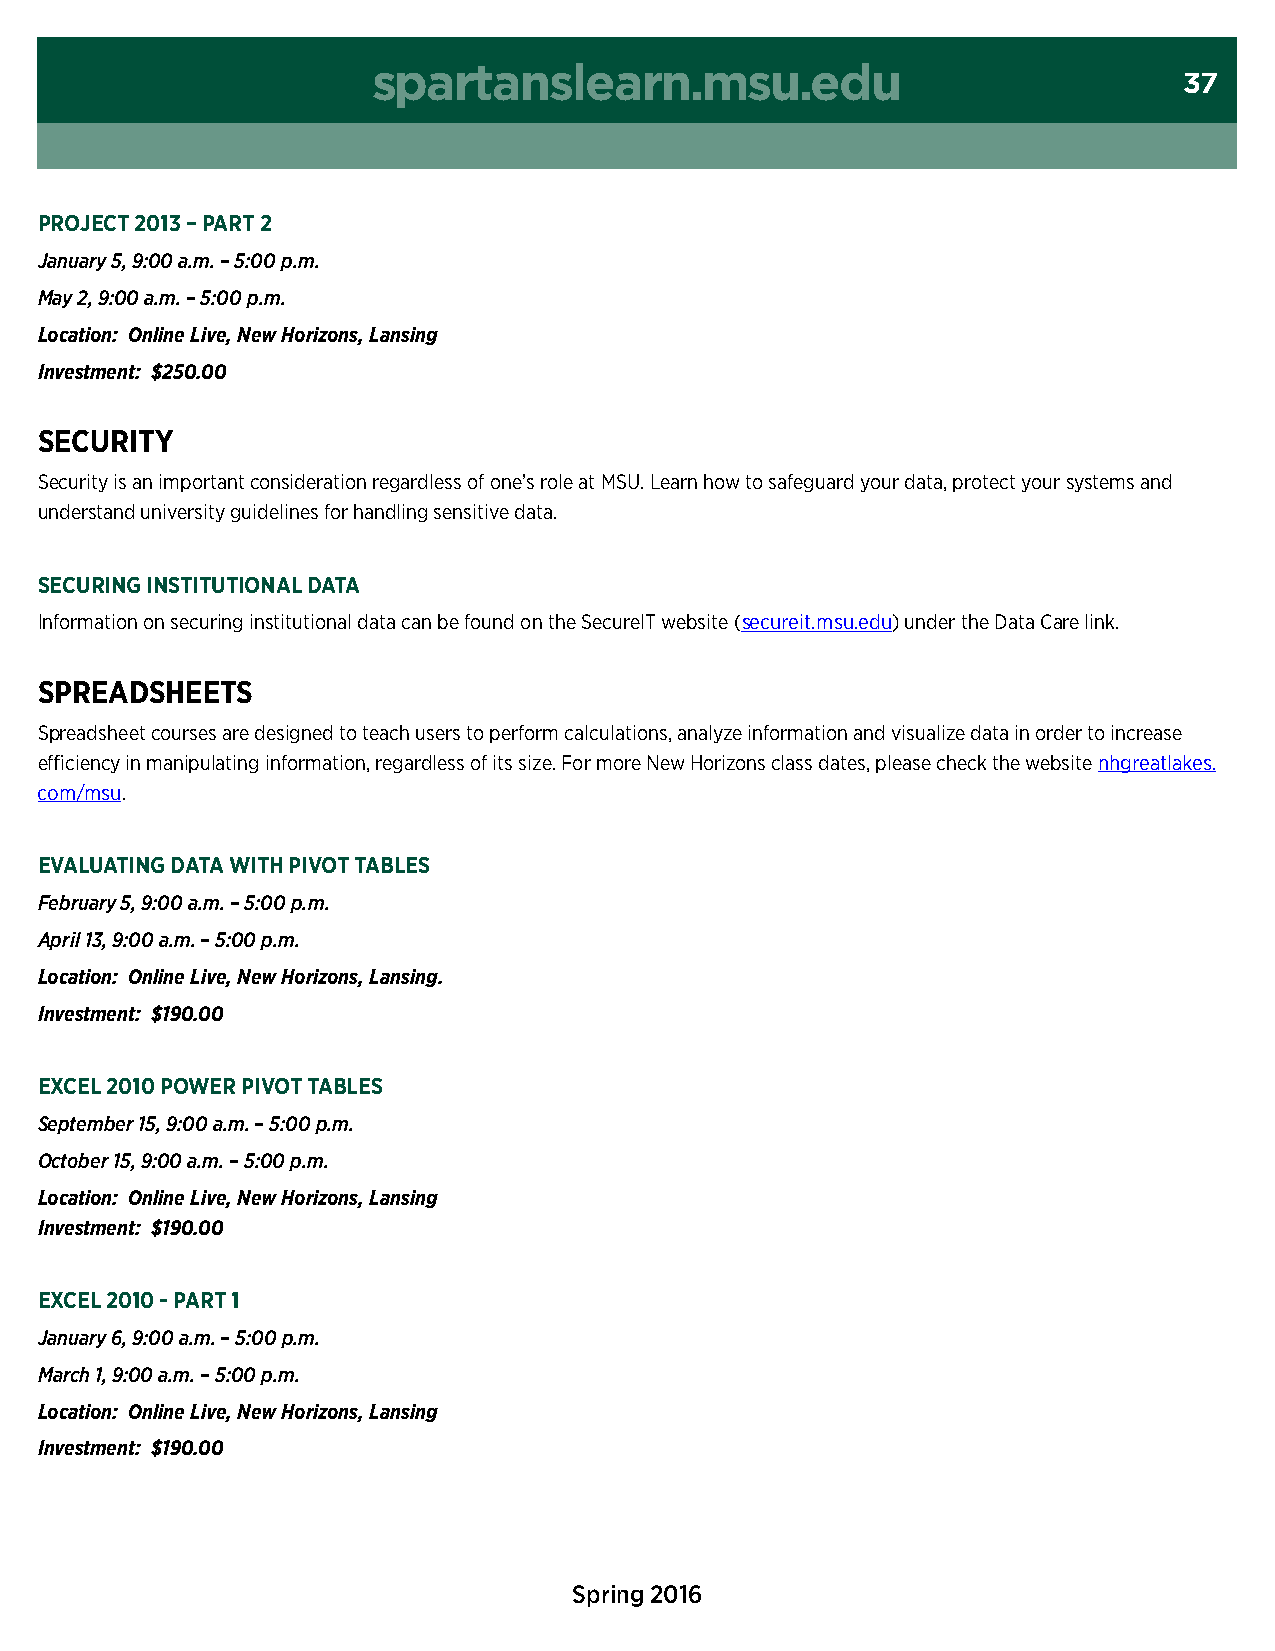
spartanslearn.msu.edu
 37
 PrOJect 2013 – Part 2
 January 5, 9:00 a.m. – 5:00 p.m.
 May 2, 9:00 a.m. – 5:00 p.m.
 Location: Online Live, New Horizons, Lansing
 Investment: $250.00
 secUritY
 security is an important consideration regardless of one’s role at msu. Learn how to safeguard your data, protect your systems and
 understand university guidelines for handling sensitive data.
 secUring institUtiOnal data
 Information on securing institutional data can be found on the secureIt website (secureit.msu.edu) under the Data care link.
 sPreadsHeets
 spreadsheet courses are designed to teach users to perform calculations, analyze information and visualize data in order to increase
 efficiency in manipulating information, regardless of its size. For more new Horizons class dates, please check the website nhgreatlakes.
 com/msu.
 evalUating data witH PivOt taBles
 February 5, 9:00 a.m. – 5:00 p.m.
 April 13, 9:00 a.m. – 5:00 p.m.
 Location: Online Live, New Horizons, Lansing.
 Investment: $190.00
 eXcel 2010 POwer PivOt taBles
 September 15, 9:00 a.m. – 5:00 p.m.
 October 15, 9:00 a.m. – 5:00 p.m.
 Location: Online Live, New Horizons, Lansing
 Investment: $190.00
 eXcel 2010 - Part 1
 January 6, 9:00 a.m. – 5:00 p.m.
 March 1, 9:00 a.m. – 5:00 p.m.
 Location: Online Live, New Horizons, Lansing
 Investment: $190.00
 Spring 2016